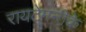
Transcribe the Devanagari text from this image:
रायटेमनीके